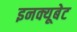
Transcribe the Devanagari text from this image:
इनक्यूबेट